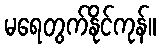
မရေတွက်နိုင်ကုန်။